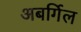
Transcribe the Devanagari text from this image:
अबर्गिल